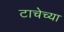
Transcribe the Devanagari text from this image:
टाचेच्या